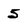
Character: 5